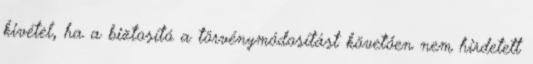
kivétel, ha a biztosító a törvénymódosítást követően nem hirdetett